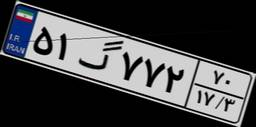
۳۲گ۹۰۱۰۹